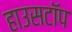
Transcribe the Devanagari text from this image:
हाउसटॉप